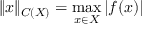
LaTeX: \| x \| _ { C ( X ) } = \max _ { x \in X } | f ( x ) |